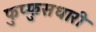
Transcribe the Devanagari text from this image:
फुप्फुसधारी